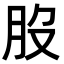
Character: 𦘿